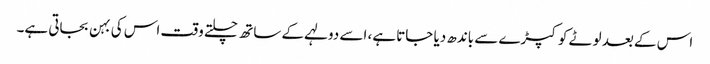
اس کے بعد لوٹے کوکپڑے سے باندھ دیا جاتا ہے، اسے دولہے کے ساتھ چلتے وقت اس کی بہن بجاتی ہے۔